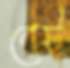
বেট